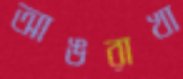
আঙরাখা